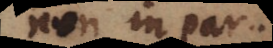
non in partium